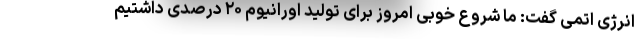
انرژی اتمی گفت: ما شروع خوبی امروز برای تولید اورانیوم ۲۰ درصدی داشتیم